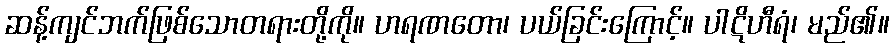
ဆန့်ကျင်ဘက်ဖြစ်သောတရားတို့ကို။ ဟရဏတော၊ ပယ်ခြင်းကြောင့်။ ပါဋိဟီရံ၊ မည်၏။